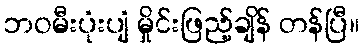
ဘဝမီးပုံးပျံ မှိုင်းဖြည့်ချိန် တန်ပြီ။